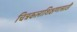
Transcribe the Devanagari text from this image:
चित्रकलाशिक्षणासाठी